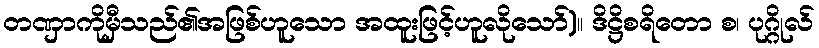
တဏှာကိုမှီသည်၏အဖြစ်ဟူသော အထူးဖြင့်ဟူလိုသော်)။ ဒိဋ္ဌိစရိတော စ၊ ပုဂ္ဂိုလ်